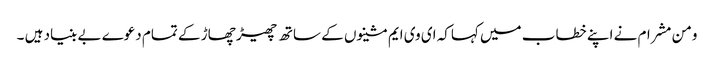
ومن مشرام نے اپنے خطاب میں کہاکہ ای وی ایم مشینوں کے ساتھ چھیڑ چھاڑ کے تمام دعوے بے بنیاد ہیں ۔